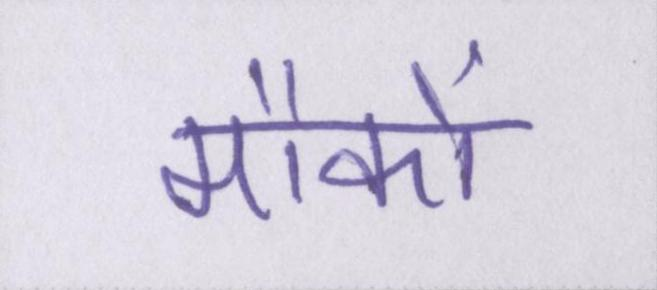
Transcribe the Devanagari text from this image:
मौकों